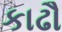
કાઢૌ